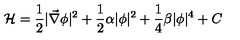
{ \mathcal H } = \frac { 1 } { 2 } | \vec { \nabla } \phi | ^ { 2 } + \frac { 1 } { 2 } \alpha | \phi | ^ { 2 } + \frac { 1 } { 4 } \beta | \phi | ^ { 4 } + C